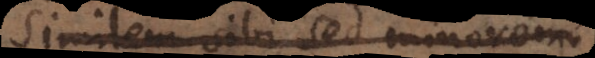
similem sibi, sed minorem